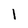
Character: 1